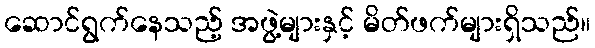
ဆောင်ရွက်နေသည့် အဖွဲ့များနှင့် မိတ်ဖက်များရှိသည်။